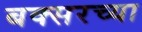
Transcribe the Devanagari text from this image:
बक्सरच्या